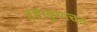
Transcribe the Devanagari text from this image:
दृष्टाकुणचन